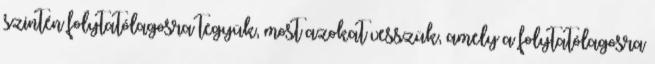
szintén folytatólagosra tegyük, most azokat vesszük, amely a folytatólagosra